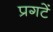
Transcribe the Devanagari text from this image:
प्रगटें